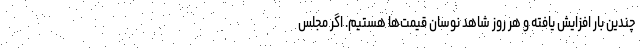
چندین بار افزایش یافته و هر روز شاهد نوسان قیمت‌ها هستیم. اگر مجلس